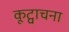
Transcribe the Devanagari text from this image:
कूट्वाचना